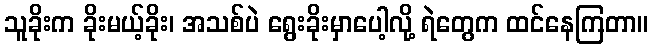
သူခိုးက ခိုးမယ့်ခိုး၊ အသစ်ပဲ ရွေးခိုးမှာပေါ့လို့ ရဲတွေက ထင်နေကြတာ။